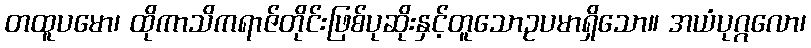
တထူပမော၊ ထိုကာသိကရာဇ်တိုင်းဖြစ်ပုဆိုးနှင့်တူသောဥပမာရှိသော။ အယံပုဂ္ဂလော၊